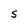
Character: S